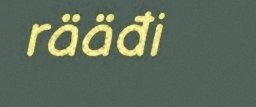
rääđi